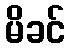
မိခင်